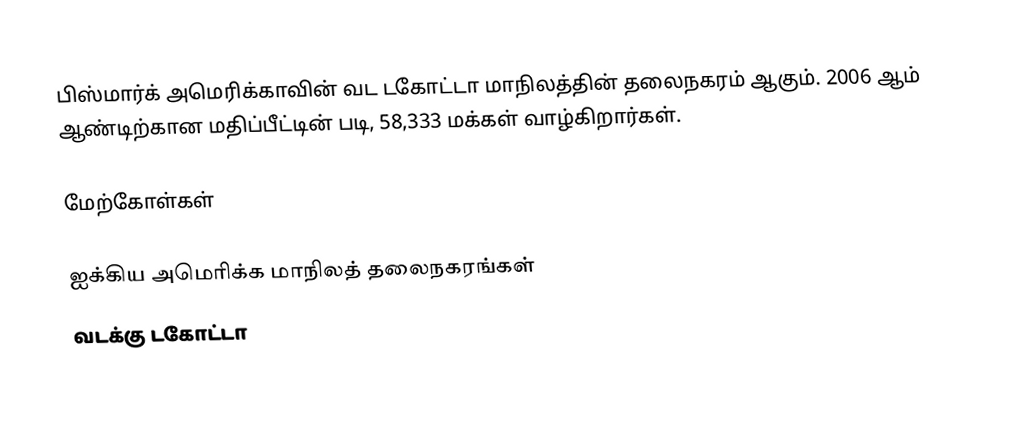
பிஸ்மார்க் அமெரிக்காவின் வட டகோட்டா மாநிலத்தின் தலைநகரம் ஆகும். 2006 ஆம் ஆண்டிற்கான மதிப்பீட்டின் படி, 58,333 மக்கள் வாழ்கிறார்கள்.

மேற்கோள்கள்

ஐக்கிய அமெரிக்க மாநிலத் தலைநகரங்கள்
வடக்கு டகோட்டா